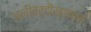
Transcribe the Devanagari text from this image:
अलीवर्दीखानास